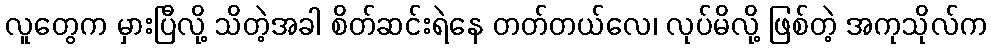
လူတွေက မှားပြီလို့ သိတဲ့အခါ စိတ်ဆင်းရဲနေ တတ်တယ်လေ၊ လုပ်မိလို့ ဖြစ်တဲ့ အကုသိုလ်က